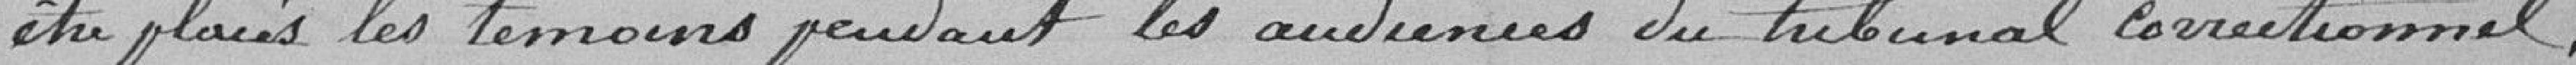
être placés les témoins pendant les séances du tribunal correctionnel.